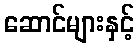
ဆောင်များနှင့်